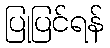
ပြုပြင်ရန်